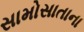
સામોસાતાના